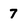
Character: 7